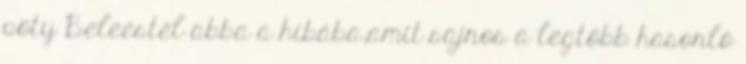
pöty Beleestél abba a hibába,amit sajnos a legtöbb hasonló